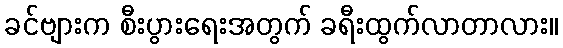
ခင်ဗျားက စီးပွားရေးအတွက် ခရီးထွက်လာတာလား။